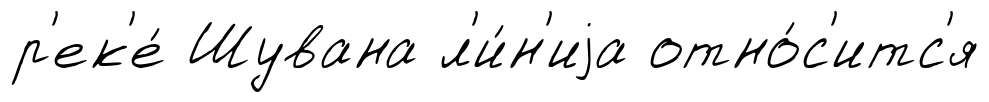
р'ек'е́ Шувана л'и́н'иjа отно́с'итс'я